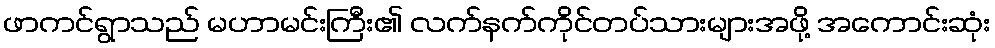
ဖာကင်ရွာသည် မဟာမင်းကြီး၏ လက်နက်ကိုင်တပ်သားများအဖို့ အကောင်းဆုံး